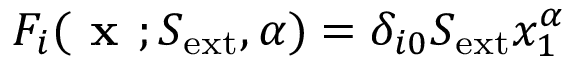
F _ { i } ( \textbf { x } ; S _ { \mathrm { e x t } } , \alpha ) = \delta _ { i 0 } S _ { \mathrm { e x t } } x _ { 1 } ^ { \alpha }